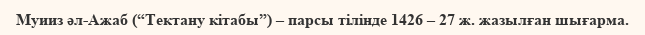
Муииз әл-Ажаб (“Тектану кітабы”) – парсы тілінде 1426 – 27 ж. жазылған шығарма.